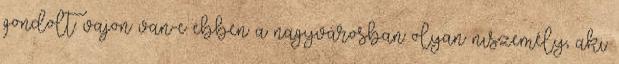
gondolt: vajon van-e ebben a nagyvárosban olyan nıszemély, aki